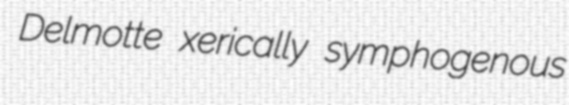
Delmotte xerically symphogenous